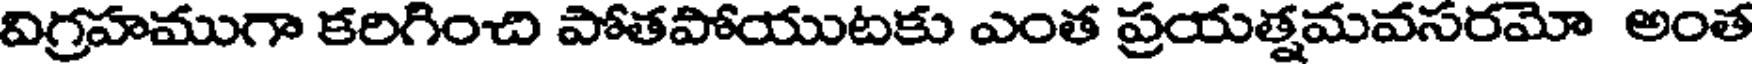
విగ్రహముగా కరిగించి పోతపోయుటకు ఎంత ప్రయత్నమవసరమో అంత